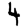
Digit: 4